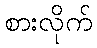
စားလိုက်